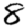
Digit: 8